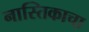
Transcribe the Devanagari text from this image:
नास्तिकाचा